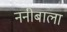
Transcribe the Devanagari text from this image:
ननीबाला